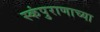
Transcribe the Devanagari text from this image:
स्कंपुराणाच्या